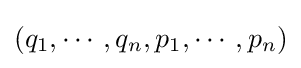
(q_{1},\cdots ,q_{n},p_{1},\cdots ,p_{n})